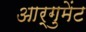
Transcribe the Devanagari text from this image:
आर्गुमेंट